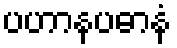
ပဟာနပဓာနံ